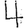
Digit: 4